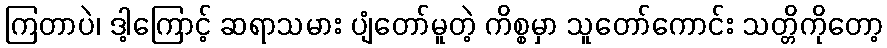
ကြတာပဲ၊ ဒါ့ကြောင့် ဆရာသမား ပျံတော်မူတဲ့ ကိစ္စမှာ သူတော်ကောင်း သတ္တိကိုတော့